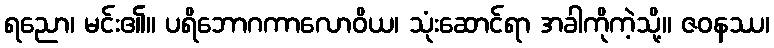
ရညော၊ မင်း၏။ ပရိဘောဂကာလောဝိယ၊ သုံးဆောင်ရာ အခါကိုကဲ့သို့။ ဇဝနဿ၊